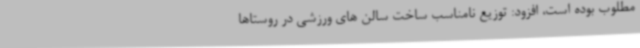
مطلوب بوده است، افزود: توزیع نامناسب ساخت سالن های ورزشی در روستاها